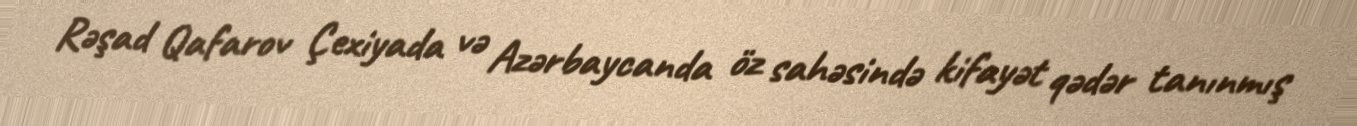
Rəşad Qafarov Çexiyada və Azərbaycanda öz sahəsində kifayət qədər tanınmış